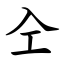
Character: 㒰